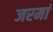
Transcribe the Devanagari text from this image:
जरमां